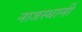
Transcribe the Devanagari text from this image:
नाजस्थानी